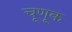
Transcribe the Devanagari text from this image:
चूणूक